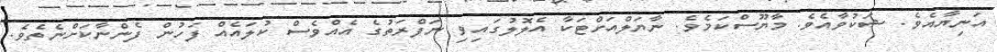
އަނިޔާއެވެ. ޝަކުވާއެވެ. މާޔޫސްކަމެވެ. ނާޔަލްއަށްޓަކާ އެލޮލުގައިވި ނަފްރަތުގެ އެއްވެސް ކުލައެއް ފަހުން ފެންނާކަށްނެތެވެ.